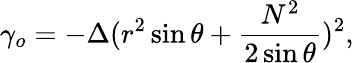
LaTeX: \gamma_{o}=-\Delta(r^{2}\sin\theta+\frac{N^{2}}{2\sin\theta})^{2},